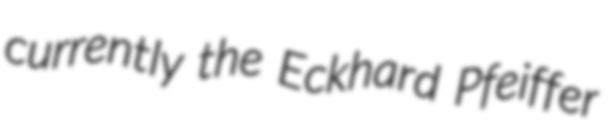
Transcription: currently the Eckhard Pfeiffer